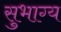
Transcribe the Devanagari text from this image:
सुभाग्य